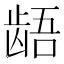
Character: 龉